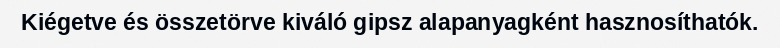
Kiégetve és összetörve kiváló gipsz alapanyagként hasznosíthatók.